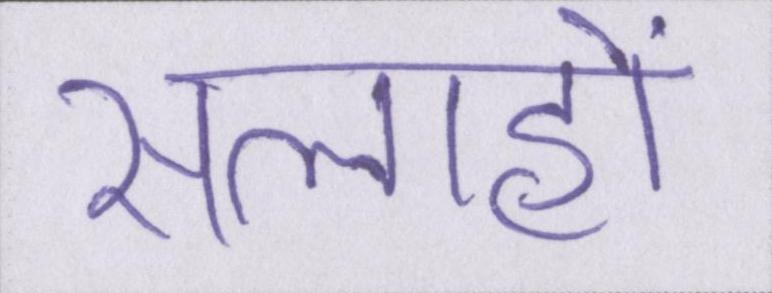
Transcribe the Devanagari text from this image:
सलाहों